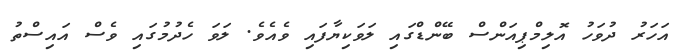
އަހަރު ދުވަހު އޮލިމްޕިއަންސް ބޭންޑްގައި ލަވަކިޔާފައި ވެއެވެ. ލަވަ ހެދުމުގައި ވެސް އައިސްތު